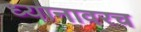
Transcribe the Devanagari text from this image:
ध्यानावरच